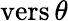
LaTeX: \operatorname{vers}\theta